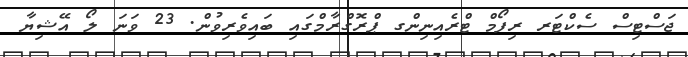
ޖަސްޓިސް ސެކްޓަރ ރިފޯމް ޓްރެއިނިންގ ޕްރޮގްރާމްގައި ބައިވެރިވުން. 23 ވަނަ ލޯ އޭޝިޔާ